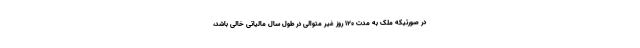
در صورتیکه ملک به مدت ۱۲۰ روز غیر متوالی در طول سال مالیاتی خالی باشد،